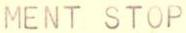
MENT STOP